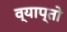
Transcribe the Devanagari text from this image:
व्याप्तो